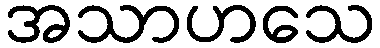
အသာဟသေ